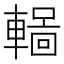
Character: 𨎏